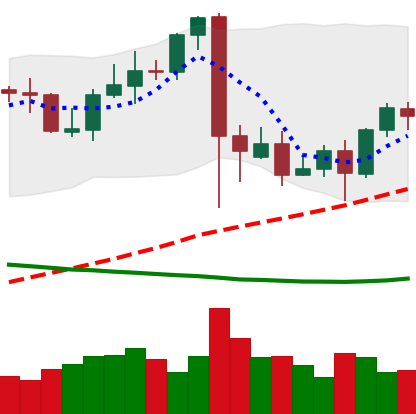
Ticker: BTC-USD
Chart end date: 2021-09-16
Forward return: -14.837%
Label: down_7plus